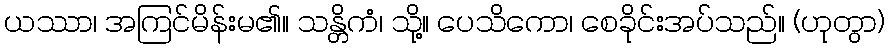
ယဿာ၊ အကြင်မိန်းမ၏။ သန္တိကံ၊ သို့။ ပေသိကော၊ စေခိုင်းအပ်သည်။ (ဟုတွာ)